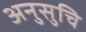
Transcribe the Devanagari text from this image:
अनुसुचि